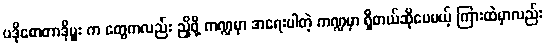
ပဒိုစောတာဒိုမှူး က တွေကလည်း ညှိဖို့ ကဏ္ဍမှာ အရေးပါတဲ့ ကဏ္ဍမှာ ရှိတယ်ဆိုပေမယ့် ကြားထဲမှာလည်း